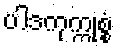
ပါဒကုက္ကုစ္စံ